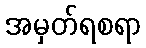
အမှတ်ရစရာ